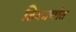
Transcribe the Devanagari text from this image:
ठिकाणांत